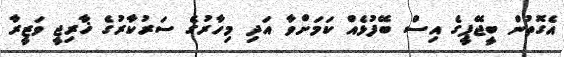
އެގޮތުން ބީޖޭޕީގެ އިސް ބޭފުޅެއް ކަމަށްވާ އަދި މިހާރުގެ ސަރުކާރުގެ ޚާރިޖީ ވަޒީރާ